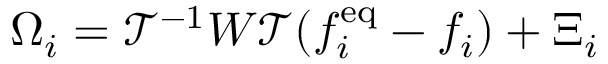
\Omega _ { i } = \mathcal { T } ^ { - 1 } W \mathcal { T } ( f _ { i } ^ { \mathrm { e q } } - f _ { i } ) + \Xi _ { i }